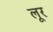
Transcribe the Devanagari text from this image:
लूर